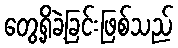
တွေ့ရှိခဲ့ခြင်းဖြစ်သည်